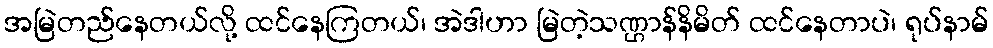
အမြဲတည်နေတယ်လို့ ထင်နေကြတယ်၊ အဲဒါဟာ မြဲတဲ့သဏ္ဌာန်နိမိတ် ထင်နေတာပဲ၊ ရုပ်နာမ်